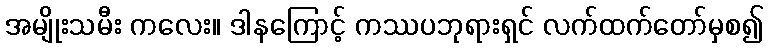
အမျိုးသမီး ကလေး။ ဒါနကြောင့် ကဿပဘုရားရှင် လက်ထက်တော်မှစ၍